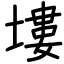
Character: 塿